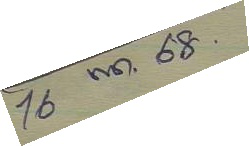
16 พ.ค. 68